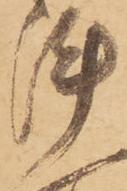
陣